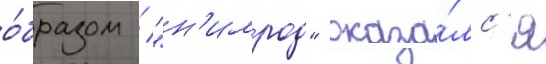
о́бразом / "н'имрод" оказа́лс'я